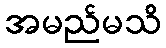
အမည်မသိ